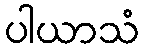
ပါယာသံ